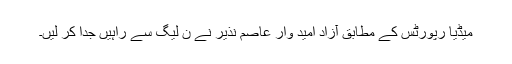
میڈیا رپورٹس کے مطابق آزاد امید وار عاصم نذیر نے ن لیگ سے راہیں جدا کر لیں۔